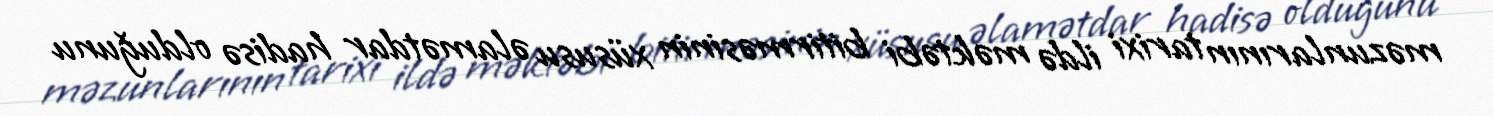
məzunlarının tarixi ildə məktəbi bitirməsinin xüsusu əlamətdar hadisə olduğunu